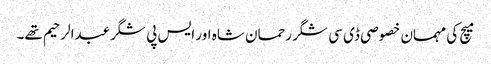
میچ کی مہمان خصوصی ڈی سی شگر رحمان شاہ اور ایس پی شگرعبدالرحیم تھے۔